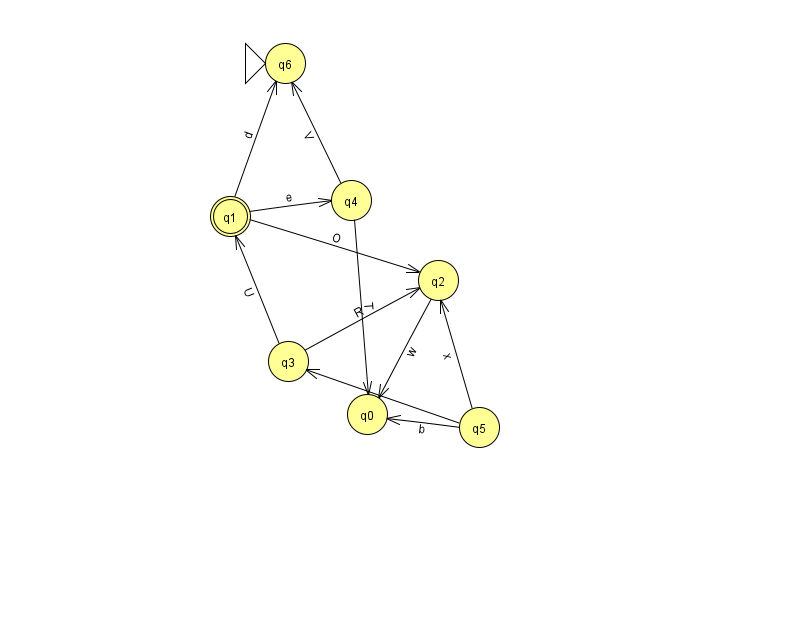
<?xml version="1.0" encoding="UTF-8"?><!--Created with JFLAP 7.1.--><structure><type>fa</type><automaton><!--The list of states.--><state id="0" name="q0"><x>367.0</x><y>401.0</y></state><state id="1" name="q1"><x>230.0</x><y>203.0</y><final/></state><state id="2" name="q2"><x>438.0</x><y>267.0</y></state><state id="3" name="q3"><x>288.0</x><y>348.0</y></state><state id="4" name="q4"><x>351.0</x><y>187.0</y></state><state id="5" name="q5"><x>479.0</x><y>414.0</y></state><state id="6" name="q6"><x>285.0</x><y>50.0</y><initial/></state><!--The list of transitions.--><transition><from>1</from><to>6</to><read>d</read></transition><transition><from>1</from><to>4</to><read>e</read></transition><transition><from>5</from><to>3</to><read>O</read></transition><transition><from>4</from><to>6</to><read>V</read></transition><transition><from>1</from><to>2</to><read>O</read></transition><transition><from>3</from><to>2</to><read>R</read></transition><transition><from>5</from><to>2</to><read>x</read></transition><transition><from>4</from><to>0</to><read>T</read></transition><transition><from>3</from><to>1</to><read>U</read></transition><transition><from>5</from><to>0</to><read>b</read></transition><transition><from>2</from><to>0</to><read>w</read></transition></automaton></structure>